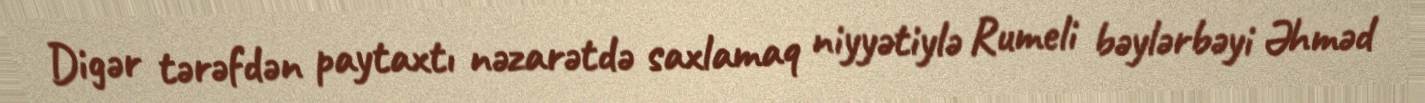
Digər tərəfdən paytaxtı nəzarətdə saxlamaq niyyətiylə Rumeli bəylərbəyi Əhməd